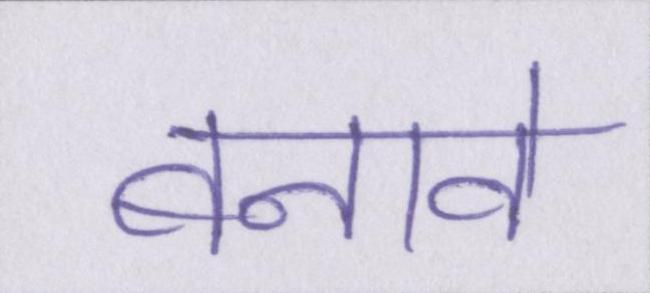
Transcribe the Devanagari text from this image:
बनावे